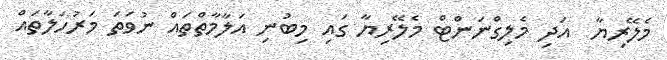
މެލޭރިޔާ  އަދި މެލިގްނަންޓް މެލޭރިޔާ ގައި މިބުނި އަލާމާތްތައް ނުވަތަ މަރުހަލާތައް